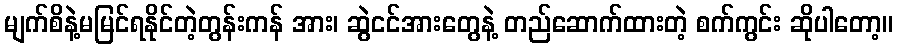
မျက်စိနဲ့မမြင်ရနိုင်တဲ့တွန်းကန် အား၊ ဆွဲငင်အားတွေနဲ့ တည်ဆောက်ထားတဲ့ စက်ကွင်း ဆိုပါတော့။